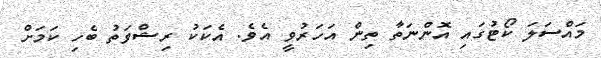
މައްސަލަ ކޯޓުގައި އޮންނަތާ ތިން އަހަރުވީ އެވެ. އެކަކު ރިޝްވަތު ބެހި ކަމަށް